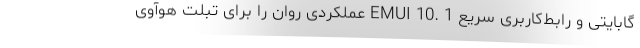
گابایتی و رابط‌کاربری سریع EMUI 10. 1 عملکردی روان را برای تبلت هوآوی